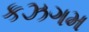
કઝગમ